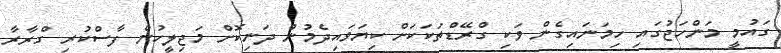
ގައުމީ މަންހަޖުގައި ހިމަނައިގެން ވަކި ގްރޭޑްތަކަކަށް ކިޔަވައިދެމުން ދަނިކޮށް މަޖިލީހުން ފާސްކުރި ގްރާރާ